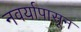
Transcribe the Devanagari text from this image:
नवर्यापासून